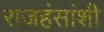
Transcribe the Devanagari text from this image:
राजहंसांशी